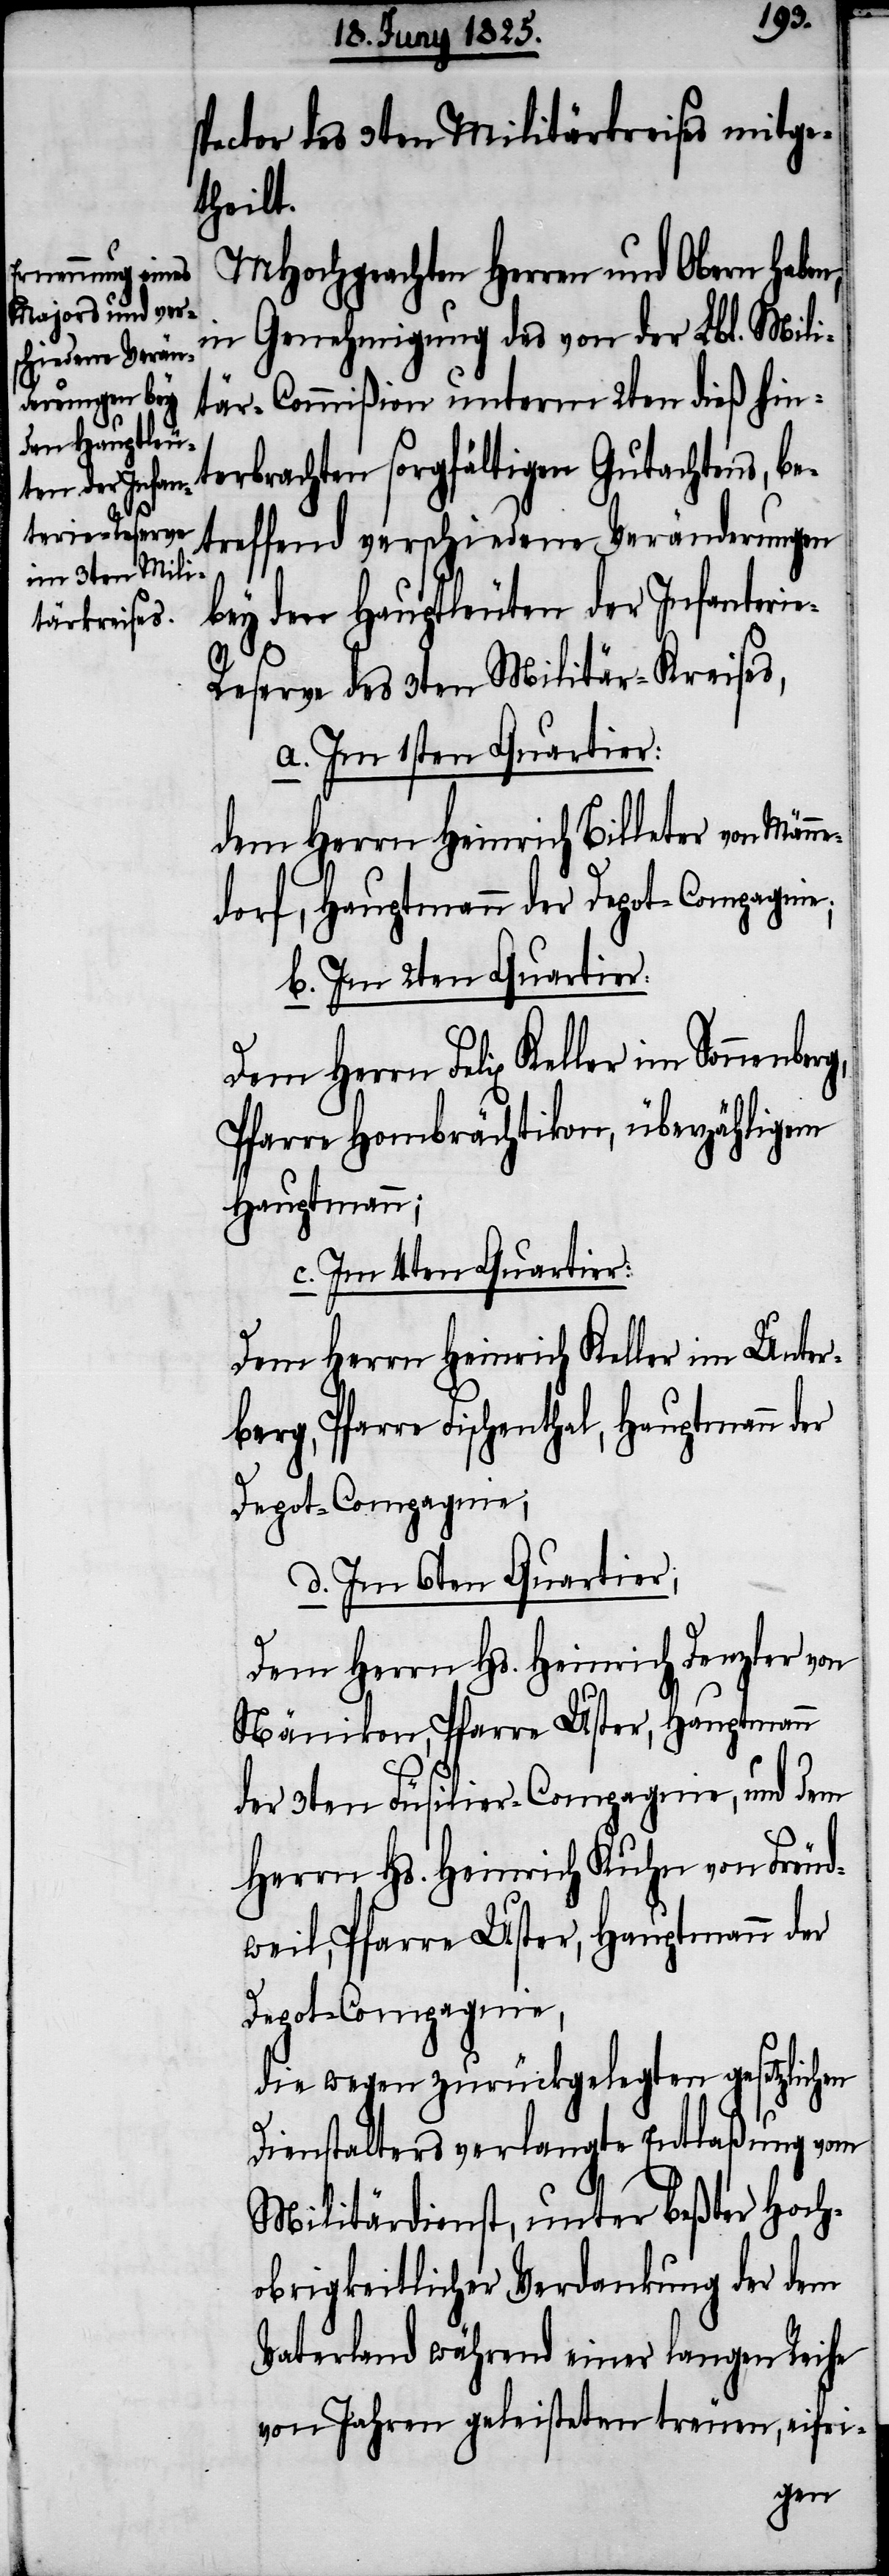
g,
spector des 3ten Militärkreises mitge¬
theilt.
MHochgeachten Herren und Obern haben,
in Genehmigung des von der Lbl. Mili¬
tär-Commißion unterm 2ten dieß hin¬
terbrachten sorgfältigen Gutachtens, be¬
treffend verschiedene Veränderungen
bey den Hauptleuten der Infanteri¬
e-Reserve des 3ten Militär-Kreises,
a. Im 1sten Quartier:
dem Herrn Heinrich Billeter von Männ¬
edorf, Hauptmann der Depot-Compagnie;
b. Im 2ten Quartier:
Dem Herrn Felix Keller im Sonnenber¬
Pfarre Hombrächtikon, überzähligem
Hauptmann;
c. Im 4ten Quartier:
Dem Herrn Heinrich Keller im Unter¬
berg, Pfarre Fischenthal, Hauptmann
Depot-Compagnie,
d. Im 6ten Quartier;
Dem Herrn Hs. Heinrich Denzler von
Nänikon, Pfarre Uster, Hauptmann
der 3ten Füsilir-Compagnie, und dem
Herrn Hs. Heinrich Kuhn von Freud¬
weil, Pfarre Uster, Hauptmann der
die wegen zurückgelegten gesetzlichen
Dienstalters verlangte Entlaßung vom
Militärdienst, unter beßter Hoch¬
obrigkeitlicher Verdankung der dem
Vaterland während einer langen Reihe
von Jahren geleisteten treuen, eifri-